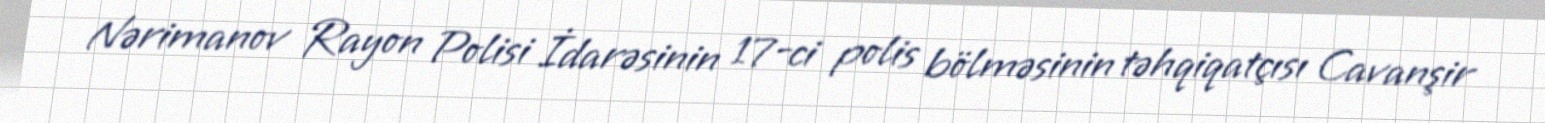
Nərimanov Rayon Polisi İdarəsinin 17-ci polis bölməsinin təhqiqatçısı Cavanşir